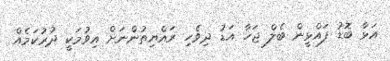
އަޅާ ބޮޑު ފައްޅީން ބެލް ޖަހާ އަޑު ދިވެހި ރައްޔިތުންނަށް އިވުމަކީ ދުރުކަމެއް